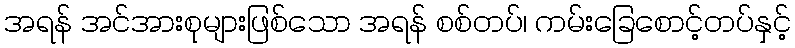
အရန် အင်အားစုများဖြစ်သော အရန် စစ်တပ်၊ ကမ်းခြေစောင့်တပ်နှင့်